Report of the Bombay Veterinary College
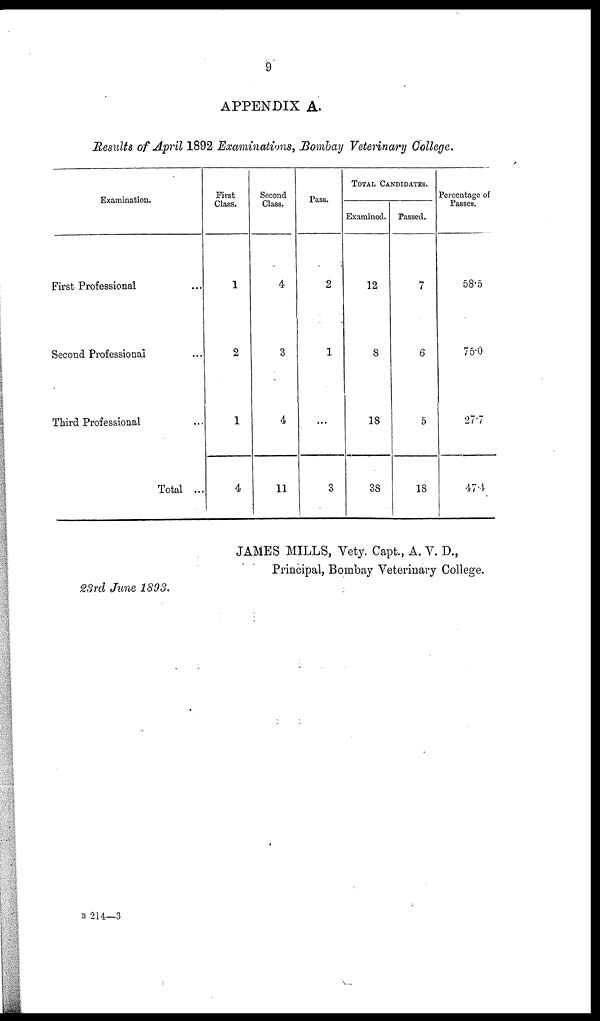
9
APPENDIX A.
Results of April 1892 Examinations, Bombay Veterinary College.
Examination.
First Professional
Second Professional
Third Professional
Total ...
First
Class.
1
2
1
4
Second
Class.
4
3
4
11
Pass.
2
1
...
3
TOTAL CANDIDATES.
Examined.
12
8
18
38
Passed.
7
6
5
18
Percentage of
Passes.
58.5
75.0
27.7
47.4
JAMES MILLS, Vety. Capt., A. V. D.,
Principal, Bombay Veterinary College.
23rd June 1893.
B 214—3